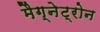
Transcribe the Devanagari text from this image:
मैग्नेट्रोन